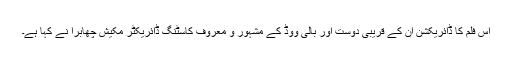
اس فلم کا ڈائریکشن ان کے قریبی دوست اور بالی ووڈ کے مشہور و معروف کاسٹنگ ڈائریکٹر مکیش چھابرا نے کہا ہے۔